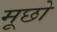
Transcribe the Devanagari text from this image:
मूछो